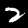
Label: 2